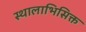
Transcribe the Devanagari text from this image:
स्थालाभिसिक्त